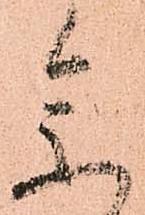
参